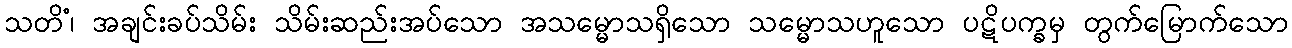
သတိံ၊ အချင်းခပ်သိမ်း သိမ်းဆည်းအပ်သော အသမ္မောသရှိသော သမ္မောသဟူသော ပဋိပက္ခမှ တွက်မြောက်သော